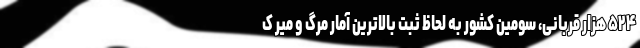
۵۲۴ هزار قربانی، سومین کشور به لحاظ ثبت بالاترین آمار مرگ و میر ک